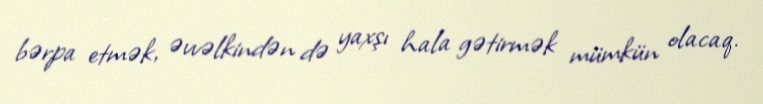
bərpa etmək, əvvəlkindən də yaxşı hala gətirmək mümkün olacaq.